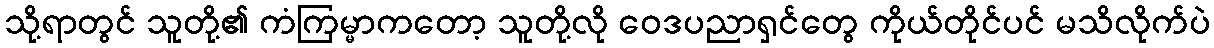
သို့ရာတွင် သူတို့၏ ကံကြမ္မာကတော့ သူတို့လို ဝေဒပညာရှင်တွေ ကိုယ်တိုင်ပင် မသိလိုက်ပဲ